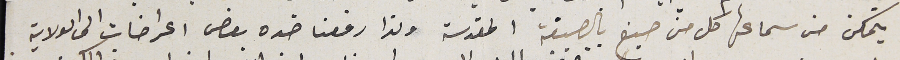
يتمكن من سماعها كل من صبغ بالصبغة المقدسة ولذا رفعنا ضده بعض اعراضات الى الولاية